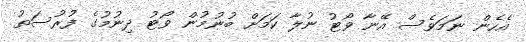
އެހެން ނަމަވެސް އޭނާ ވޯޓު ނުލާ ކަމަށް ބުނުމުން ވޯޓު ދިނުމުގެ ފުރުސަތު